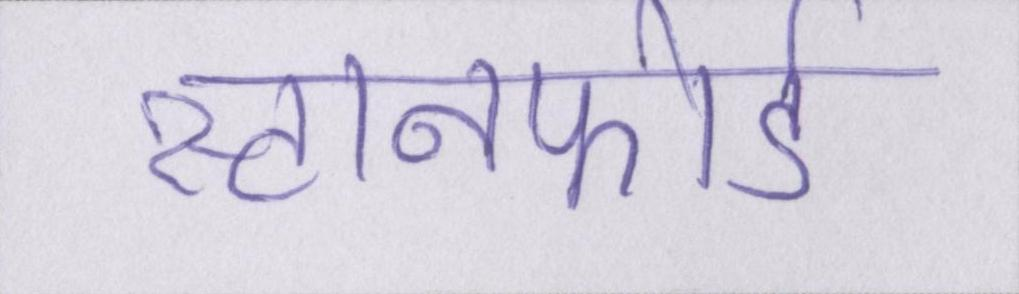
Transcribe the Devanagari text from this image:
स्टानफोर्ड